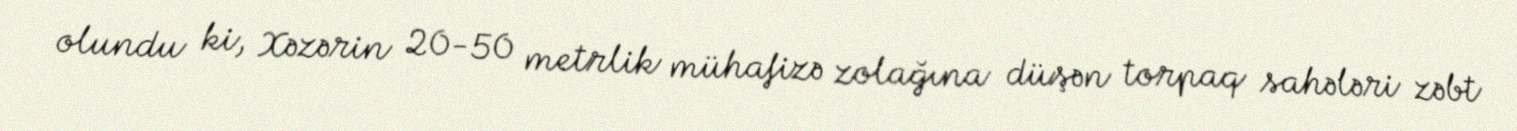
olundu ki, Xəzərin 20-50 metrlik mühafizə zolağına düşən torpaq sahələri zəbt